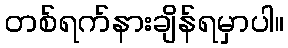
တစ်ရက်နားချိန်ရမှာပါ။